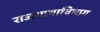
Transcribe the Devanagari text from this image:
राजभाषाविभाग